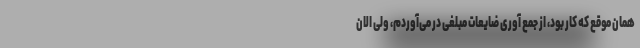
همان موقع که کار بود، از جمع آوری ضایعات مبلغی در می‌آوردم، ولی الان